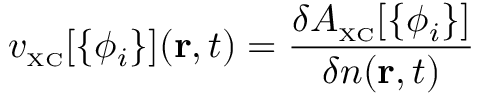
v _ { \scriptscriptstyle \mathrm { X C } } [ \{ \phi _ { i } \} ] ( { \bf r } , t ) = \frac { \delta A _ { \scriptscriptstyle \mathrm { X C } } [ \{ \phi _ { i } \} ] } { \delta n ( { \bf r } , t ) }